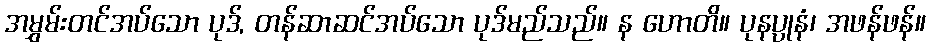
အမွှမ်းတင်အပ်သော ပုဒ်, တန်ဆာဆင်အပ်သော ပုဒ်မည်သည်။ န ဟောတိ။ ပုနပ္ပုနံ၊ အဖန်ဖန်။